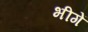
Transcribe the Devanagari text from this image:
भीगें